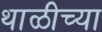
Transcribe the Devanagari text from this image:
थाळीच्या